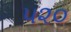
૫૨૦